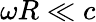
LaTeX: \omega R\ll c